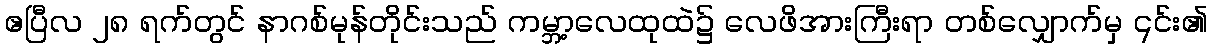
ဧပြီလ ၂၈ ရက်တွင် နာဂစ်မုန်တိုင်းသည် ကမ္ဘာ့လေထုထဲ၌ လေဖိအားကြီးရာ တစ်လျှောက်မှ ၎င်း၏